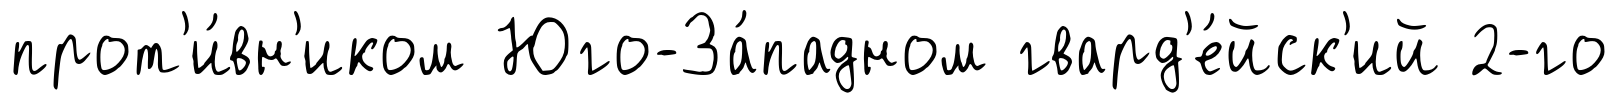
прот'и́вн'иком Юго-За́падном гвард'е́йск'ий 2-го